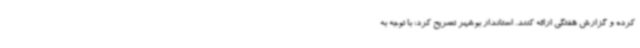
کرده و گزارش هفتگی ارائه کنند. استاندار بوشهر تصریح کرد: با توجه به